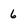
Character: 6